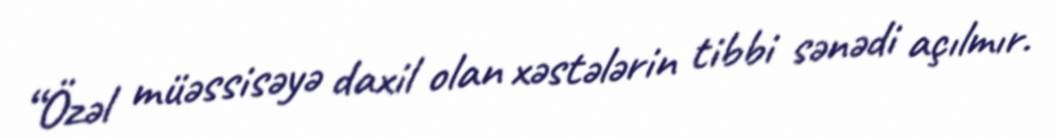
“Özəl müəssisəyə daxil olan xəstələrin tibbi sənədi açılmır.